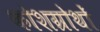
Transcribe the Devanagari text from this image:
कोशग्रोथों